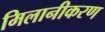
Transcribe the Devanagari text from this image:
मिलानीकरण